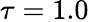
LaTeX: \tau=1.0